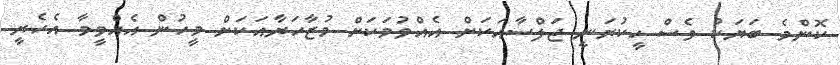
ކޮންމެ ބަޔަކު ވެސް ހީކުރަނީ ޖަލްސާއަކަށް އެއްވުމަކަށް މުޒާހަރާއަކަށް މީހުން އެއްވީމާ އެހެރީ